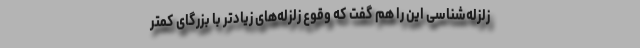
زلزله‌شناسی این را هم گفت که وقوع زلزله‌های زیادتر با بزرگای کمتر